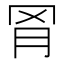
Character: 𬚰